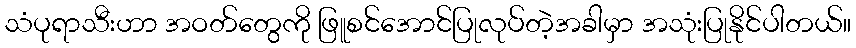
သံပုရာသီးဟာ အဝတ်တွေကို ဖြူစင်အောင်ပြုလုပ်တဲ့အခါမှာ အသုံးပြုနိုင်ပါတယ်။